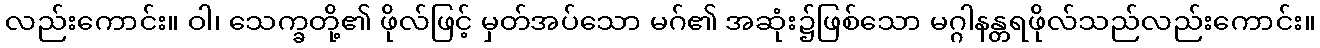
လည်းကောင်း။ ဝါ၊ သေက္ခတို့၏ ဖိုလ်ဖြင့် မှတ်အပ်သော မဂ်၏ အဆုံး၌ဖြစ်သော မဂ္ဂါနန္တရဖိုလ်သည်လည်းကောင်း။